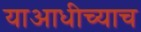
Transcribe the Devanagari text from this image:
याआधीच्याच